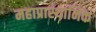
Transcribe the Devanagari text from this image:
महाप्रास्थानिक